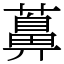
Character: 䕗